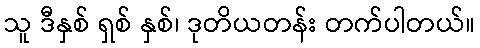
သူ ဒီနှစ် ရှစ် နှစ်၊ ဒုတိယတန်း တက်ပါတယ်။